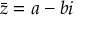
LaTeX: { \bar { z } } = a - b i